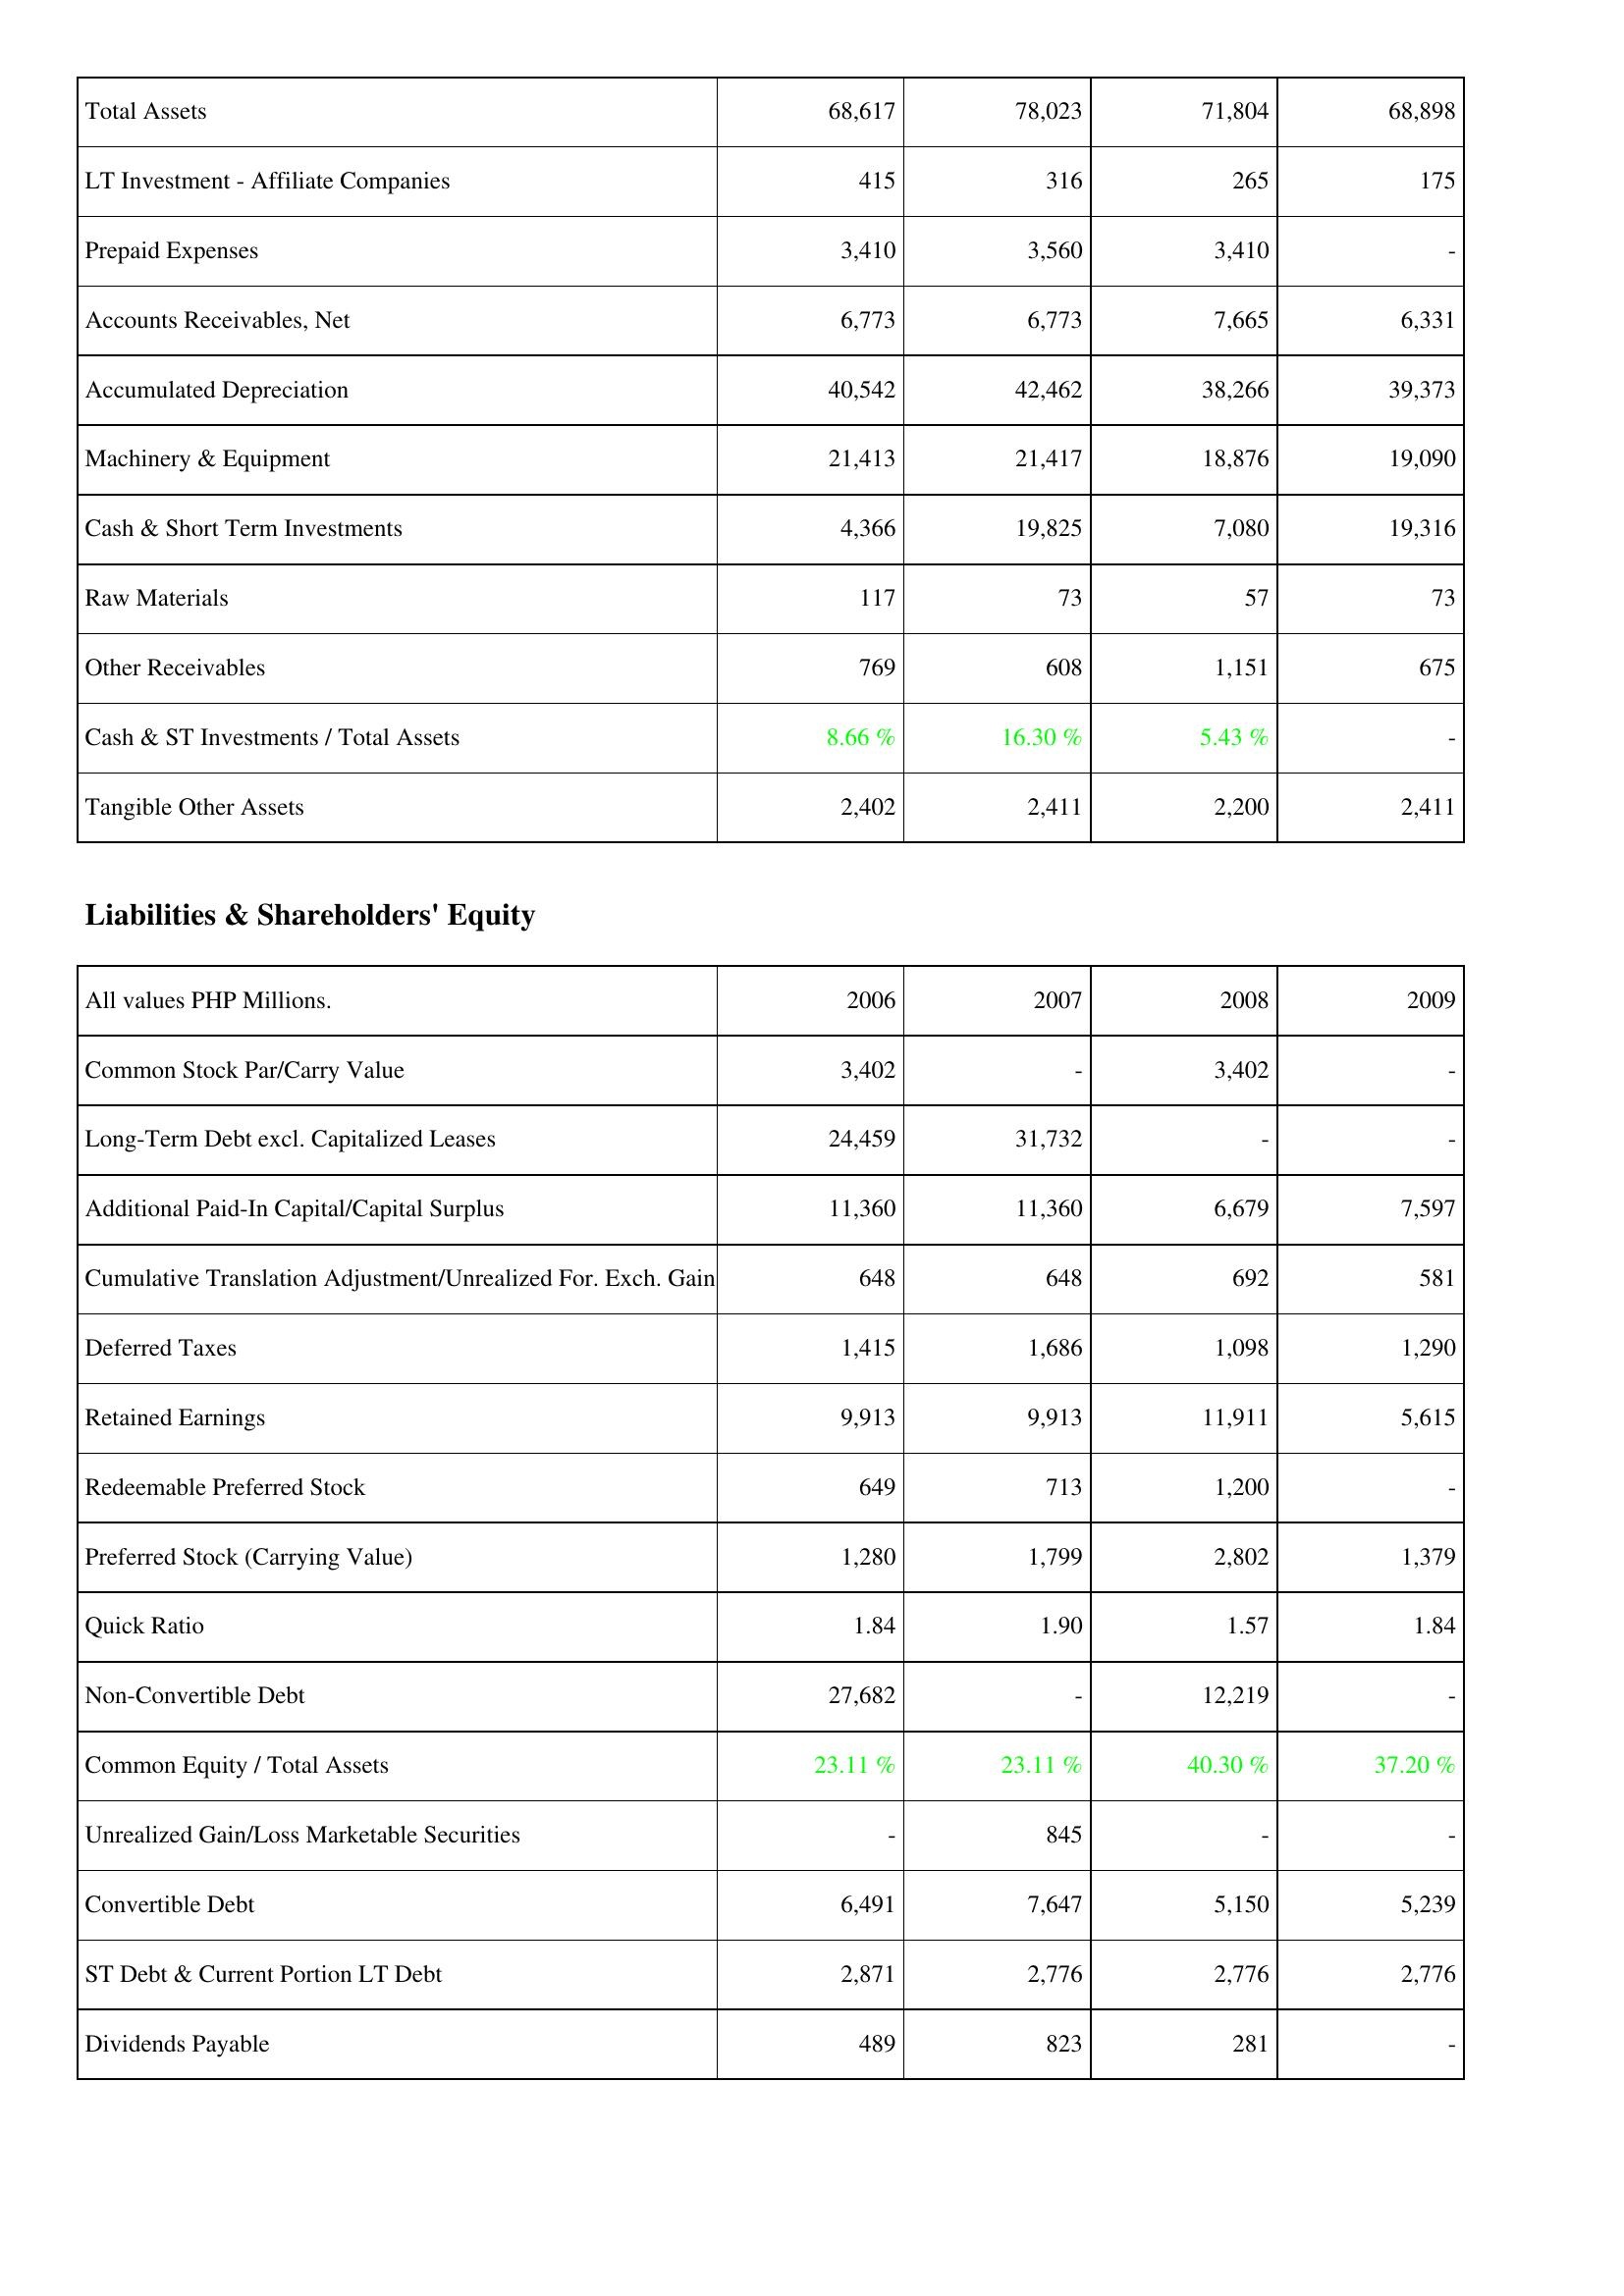
2006: Assets: Total Assets: 68,617
LT Investment - Affiliate Companies: 415
Prepaid Expenses: 3,410
Accounts Receivables, Net: 6,773
Accumulated Depreciation: 40,542
Machinery & Equipment: 21,413
Cash & Short Term Investments: 4,366
Raw Materials: 117
Other Receivables: 769
Cash & ST Investments / Total Assets: 8.66 %
Tangible Other Assets: 2,402
Liabilities & Shareholders' Equity: Common Stock Par/Carry Value: 3,402
Long-Term Debt excl. Capitalized Leases: 24,459
Additional Paid-In Capital/Capital Surplus: 11,360
Cumulative Translation Adjustment/Unrealized For. Exch. Gain: 648
Deferred Taxes: 1,415
Retained Earnings: 9,913
Redeemable Preferred Stock: 649
Preferred Stock (Carrying Value): 1,280
Quick Ratio: 1.84
Non-Convertible Debt: 27,682
Common Equity / Total Assets: 23.11 %
Unrealized Gain/Loss Marketable Securities: -
Convertible Debt: 6,491
ST Debt & Current Portion LT Debt: 2,871
Dividends Payable: 489
2007: Assets: Total Assets: 78,023
LT Investment - Affiliate Companies: 316
Prepaid Expenses: 3,560
Accounts Receivables, Net: 6,773
Accumulated Depreciation: 42,462
Machinery & Equipment: 21,417
Cash & Short Term Investments: 19,825
Raw Materials: 73
Other Receivables: 608
Cash & ST Investments / Total Assets: 16.30 %
Tangible Other Assets: 2,411
Liabilities & Shareholders' Equity: Common Stock Par/Carry Value: -
Long-Term Debt excl. Capitalized Leases: 31,732
Additional Paid-In Capital/Capital Surplus: 11,360
Cumulative Translation Adjustment/Unrealized For. Exch. Gain: 648
Deferred Taxes: 1,686
Retained Earnings: 9,913
Redeemable Preferred Stock: 713
Preferred Stock (Carrying Value): 1,799
Quick Ratio: 1.90
Non-Convertible Debt: -
Common Equity / Total Assets: 23.11 %
Unrealized Gain/Loss Marketable Securities: 845
Convertible Debt: 7,647
ST Debt & Current Portion LT Debt: 2,776
Dividends Payable: 823
2008: Assets: Total Assets: 71,804
LT Investment - Affiliate Companies: 265
Prepaid Expenses: 3,410
Accounts Receivables, Net: 7,665
Accumulated Depreciation: 38,266
Machinery & Equipment: 18,876
Cash & Short Term Investments: 7,080
Raw Materials: 57
Other Receivables: 1,151
Cash & ST Investments / Total Assets: 5.43 %
Tangible Other Assets: 2,200
Liabilities & Shareholders' Equity: Common Stock Par/Carry Value: 3,402
Long-Term Debt excl. Capitalized Leases: -
Additional Paid-In Capital/Capital Surplus: 6,679
Cumulative Translation Adjustment/Unrealized For. Exch. Gain: 692
Deferred Taxes: 1,098
Retained Earnings: 11,911
Redeemable Preferred Stock: 1,200
Preferred Stock (Carrying Value): 2,802
Quick Ratio: 1.57
Non-Convertible Debt: 12,219
Common Equity / Total Assets: 40.30 %
Unrealized Gain/Loss Marketable Securities: -
Convertible Debt: 5,150
ST Debt & Current Portion LT Debt: 2,776
Dividends Payable: 281
2009: Assets: Total Assets: 68,898
LT Investment - Affiliate Companies: 175
Prepaid Expenses: -
Accounts Receivables, Net: 6,331
Accumulated Depreciation: 39,373
Machinery & Equipment: 19,090
Cash & Short Term Investments: 19,316
Raw Materials: 73
Other Receivables: 675
Cash & ST Investments / Total Assets: -
Tangible Other Assets: 2,411
Liabilities & Shareholders' Equity: Common Stock Par/Carry Value: -
Long-Term Debt excl. Capitalized Leases: -
Additional Paid-In Capital/Capital Surplus: 7,597
Cumulative Translation Adjustment/Unrealized For. Exch. Gain: 581
Deferred Taxes: 1,290
Retained Earnings: 5,615
Redeemable Preferred Stock: -
Preferred Stock (Carrying Value): 1,379
Quick Ratio: 1.84
Non-Convertible Debt: -
Common Equity / Total Assets: 37.20 %
Unrealized Gain/Loss Marketable Securities: -
Convertible Debt: 5,239
ST Debt & Current Portion LT Debt: 2,776
Dividends Payable: -